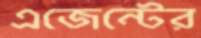
এজেন্টের